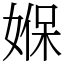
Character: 媬